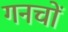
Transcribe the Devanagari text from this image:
गनचों